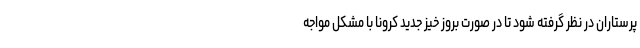
پرستاران در نظر گرفته شود تا در صورت بروز خیز جدید کرونا با مشکل مواجه